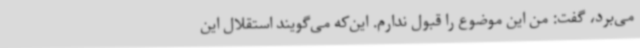
می‌برد، گفت: من این موضوع را قبول ندارم. این‌که می‌گویند استقلال این